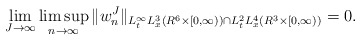
\begin{align*}\lim_{J\to\infty}\limsup_{n\to\infty}\|w^J_{n}\|_{L^{\infty}_tL^3_x(R^6\times[0,\infty))\cap L^2_tL^4_x(R^3\times [0,\infty))}=0.\end{align*}